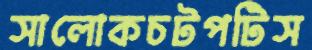
সালোকচটপটিস